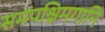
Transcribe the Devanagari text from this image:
समपश्चिमगानि